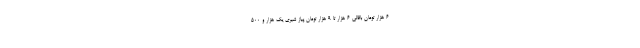
۶ هزار تومان باقالی ۶ هزار تا ۹ هزار تومان پیاز شیری یک هزار و ۵۰۰